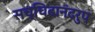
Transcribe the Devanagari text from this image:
सच्चिदानंदरुप